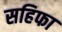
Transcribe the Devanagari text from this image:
सहिफा